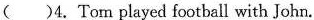
( )4. Tom played football with John.